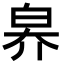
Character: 𤽟